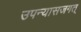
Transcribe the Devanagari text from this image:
उपन्यासजगत्